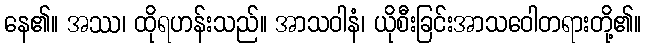
နေ၏။ အဿ၊ ထိုရဟန်းသည်။ အာသဝါနံ၊ ယိုစီးခြင်းအာသဝေါတရားတို့၏။